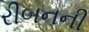
રીબનની